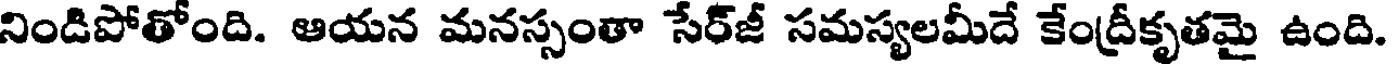
నిండిపోతోంది. ఆయన మనస్సంతా సేర్జీ సమస్యలమీదే కేంద్రీకృతమై ఉంది.